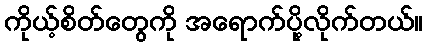
ကိုယ့်စိတ်တွေကို အရောက်ပို့လိုက်တယ်။